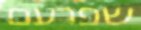
שפרעם